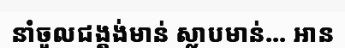
នាំចូលជង្គង់មាន់ ស្លាបមាន់... អាន